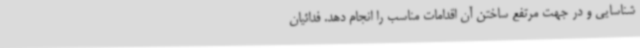
شناسایی و در جهت مرتفع ساختن آن اقدامات مناسب را انجام دهد. فدائیان